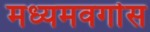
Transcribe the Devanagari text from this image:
मध्यमवर्गास